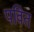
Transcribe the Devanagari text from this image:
पवित